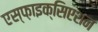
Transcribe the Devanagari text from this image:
एस्फ़ाइक्सिएशन